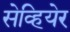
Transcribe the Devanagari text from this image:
सेव्हियेर